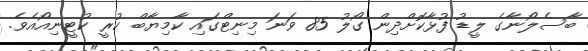
ބާސެލޯނާގެ ލީޑު ފުޅާކޮށްދިން ގޯލު 85 ވަނަ މިނިޓްގައި ކާމިޔާބް ކުރީ ކުޓީނިއޯއެވެ.